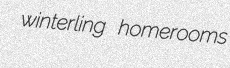
winterling homerooms